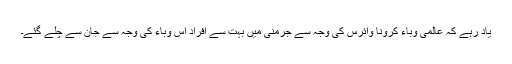
یاد رہے کہ عالمی وباء کرونا وائرس کی وجہ سے جرمنی میں بہت سے افراد اس وباء کی وجہ سے جان سے چلے گئے۔